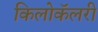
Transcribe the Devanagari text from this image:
किलोकॅलरी